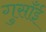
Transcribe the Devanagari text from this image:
गुसाँई